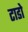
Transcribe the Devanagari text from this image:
टाडो